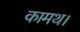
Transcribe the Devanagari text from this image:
कामथ।